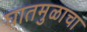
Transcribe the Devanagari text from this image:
घातमुळाचा